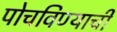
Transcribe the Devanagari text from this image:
पोचविण्याची